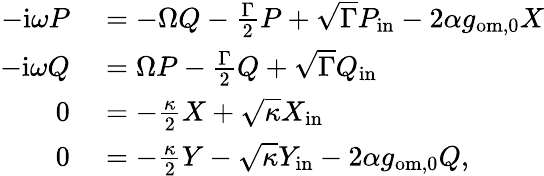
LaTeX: \begin{array}{rl}{-\mathrm{i}\omega P}&{{}=-\Omega Q-\frac{\Gamma}{2}P+\sqrt{\Gamma}P_{\mathrm{in}}-2\alpha g_{\mathrm{om,0}}X}\\ {-\mathrm{i}\omega Q}&{{}=\Omega P-\frac{\Gamma}{2}Q+\sqrt{\Gamma}Q_{\mathrm{in}}}\\ {0}&{{}=-\frac{\kappa}{2}X+\sqrt{\kappa}X_{\mathrm{in}}}\\ {0}&{{}=-\frac{\kappa}{2}Y-\sqrt{\kappa}Y_{\mathrm{in}}-2\alpha g_{\mathrm{om},0}Q,}\end{array}